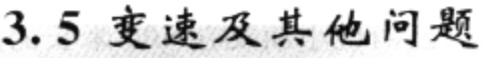
$3.5\ 变速及其他问题$